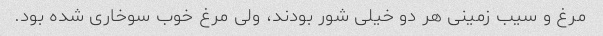
مرغ و سیب زمینی هر دو خیلی شور بودند، ولی مرغ خوب سوخاری شده بود.